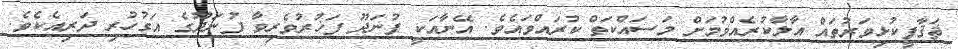
ޘަޤާފީކުޅިވަރުތައް އާލާކުރެއްވުމަށް މަސައްކަތް ކުރައްވައެވެ. އޭނާއަކީ ފުނަދޫ ފަޚުރުވެރިވާ ފުނަދޫގެ އަގުހުރި ދަރިއެކެވެ.